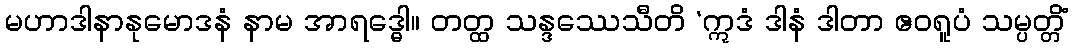
မဟာဒါနာနုမောဒနံ နာမ အာရဒ္ဓေါ။ တတ္ထ သန္ဒဿေသီတိ ‘ဣဒံ ဒါနံ ဒါတာ ဧဝရူပံ သမ္ပတ္တိံ